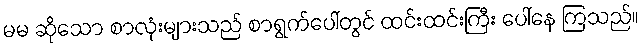
မမ ဆိုသော စာလုံးများသည် စာရွက်ပေါ်တွင် ထင်းထင်းကြီး ပေါ်နေ ကြသည်။